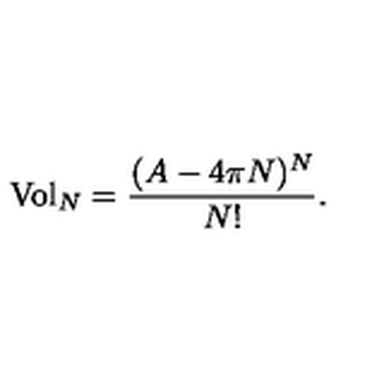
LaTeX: \mathrm { { V o l } } _ { N } = \frac { ( A - 4 \pi N ) ^ { N } } { N ! } .